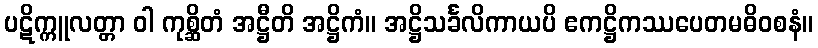
ပဋိက္ကူလတ္တာ ဝါ ကုစ္ဆိတံ အဋ္ဌီတိ အဋ္ဌိကံ။ အဋ္ဌိသင်္ခလိကာယပိ ဧကဋ္ဌိကဿပေတမဓိဝစနံ။